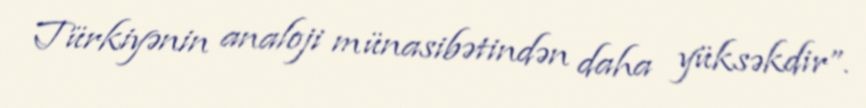
Türkiyənin analoji münasibətindən daha yüksəkdir”.